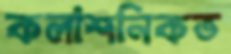
কলাশনিকভ